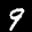
Label: 9